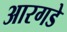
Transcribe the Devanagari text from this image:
आरगडे